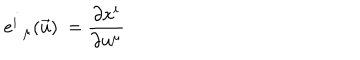
e _ { \; \; \mu } ^ { i } ( \vec { u } ) \ = \frac { \partial x ^ { i } } { \partial u ^ { \mu } }